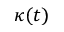
\kappa ( t )